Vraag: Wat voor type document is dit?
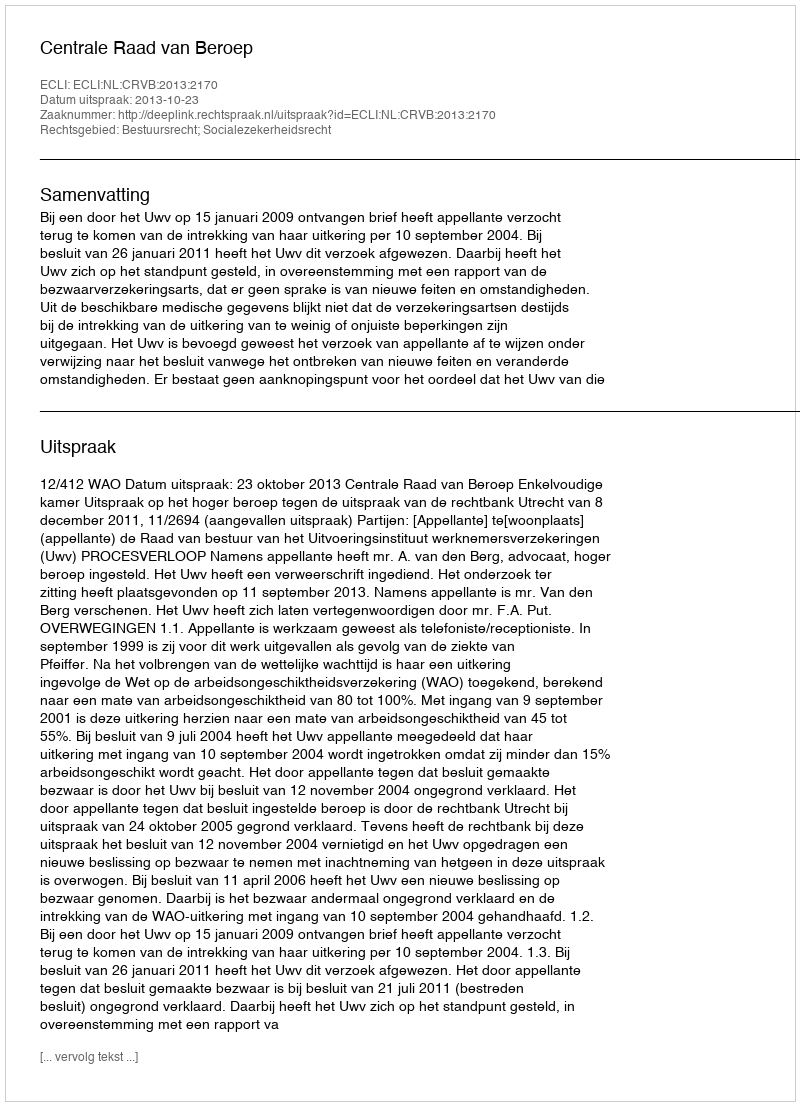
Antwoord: Uitspraak